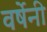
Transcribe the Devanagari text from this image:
वर्षेनी